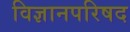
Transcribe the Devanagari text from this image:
विज्ञानपरिषद